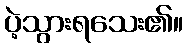
ပဲ့သွားရသေး၏။